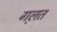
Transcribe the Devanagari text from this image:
गल़त